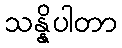
သန္နိပါတာ